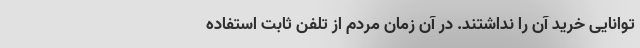
توانایی خرید آن را نداشتند. در آن زمان مردم از تلفن ثابت استفاده